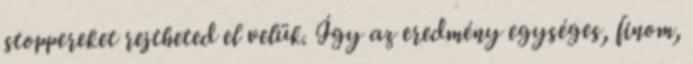
stoppereket rejtheted el velük. Így az eredmény egységes, finom,